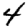
Digit: 4